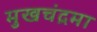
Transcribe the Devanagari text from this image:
मुखचंद्रमा